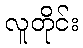
လူတိုင်း